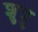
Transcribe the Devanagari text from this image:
शुत्रु